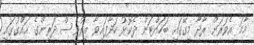
މާމަ އެވަރަށް ރާދާ މިގޭގައި ބަހައްޓަން ދެކޮޅު ހަދާފައިވާ އިރުވެސް ދަރިންގެ ޙައްގުގައި